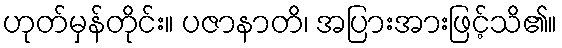
ဟုတ်မှန်တိုင်း။ ပဇာနာတိ၊ အပြားအားဖြင့်သိ၏။